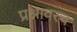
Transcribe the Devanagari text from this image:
प्रश्नावरच